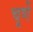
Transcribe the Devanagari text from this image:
चूर्णे